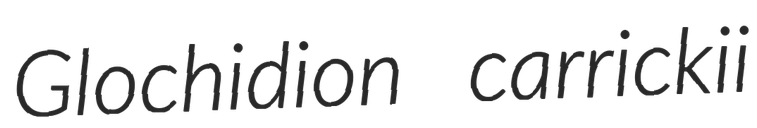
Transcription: Glochidion carrickii